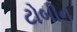
ટોબીન